Vaccine operations Central Provinces 1900-1911 - 1900-1911
Year: 1900
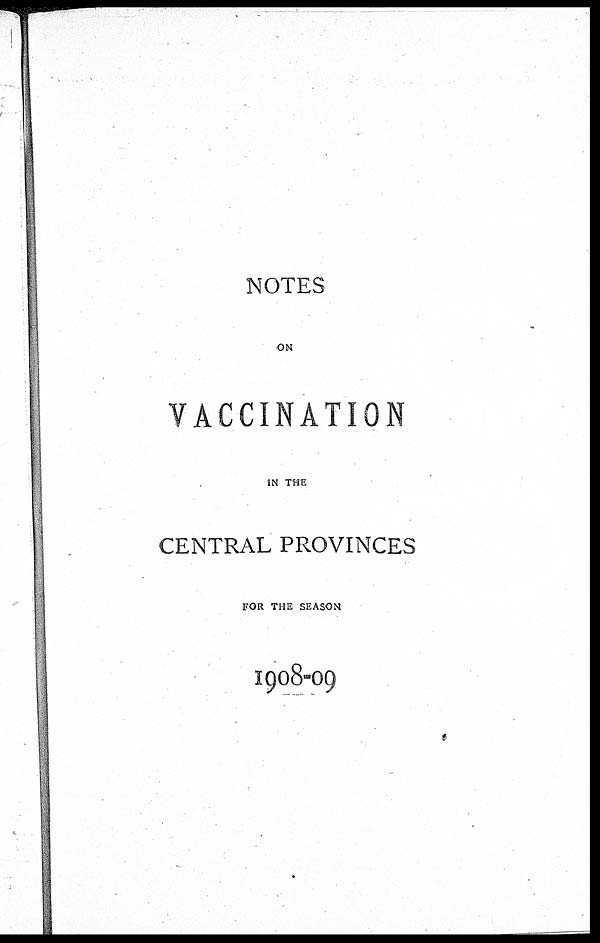
NOTES
ON
VACCINATION
IN THE
CENTRAL PROVINCES
FOR THE SEASON
1908-09